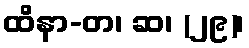
ထိနာ-တ၊ ဆ၊ (၂၉)၊